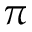
\pi